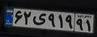
۶۲ی۹۱۹۹۱